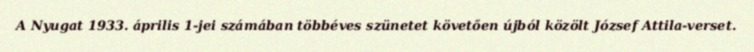
A Nyugat 1933. április 1-jei számában többéves szünetet követően újból közölt József Attila-verset.